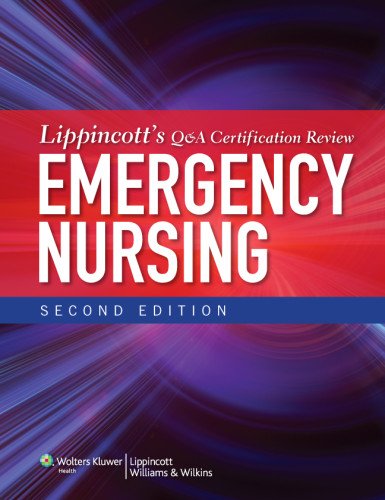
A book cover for Lippincott's Q&A Certification Review: Emergency Nursing; Lippincott; Medical Books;